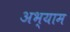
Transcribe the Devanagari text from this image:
अभ्याम